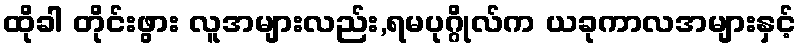
ထိုခါ တိုင်းဖွား လူအများလည်း,ရမပုဂ္ဂိုလ်က ယခုကာလအများနှင့်